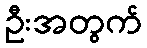
ဦးအတွက်